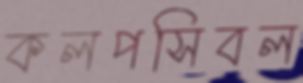
কলপসিবল